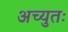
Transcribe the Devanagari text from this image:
अच्युतः